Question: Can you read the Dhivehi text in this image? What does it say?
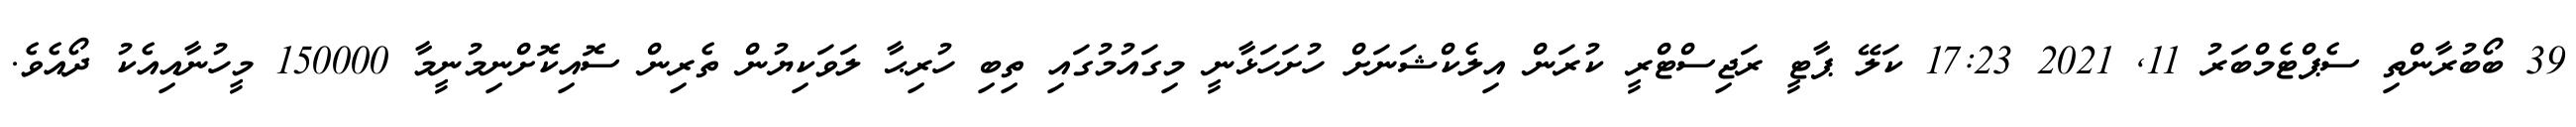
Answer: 39 ބޯބުރާންތި ސެޕްޓެމްބަރު 11, 2021 17:23 ކަލޭ ޕާޓީ ރަޖިސްޓްރީ ކުރަން އިލެކްޝަނަށް ހުށަހަޅާނީ މިގައުމުގައި ތިބި ހުރިޙާ ލަވަކިޔުން ތެރިން ސޮއިކޮށްނިމުނީމާ 150000 މީހުނާއިއެކު ދޯއެވެ.